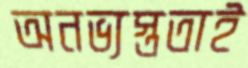
অনভ্যস্ততাই